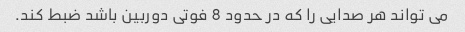
می تواند هر صدایی را که در حدود 8 فوتی دوربین باشد ضبط کند.